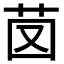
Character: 𦭁